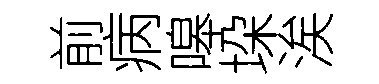
前病嗥垜涘